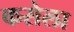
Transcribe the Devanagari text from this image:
कसेला